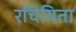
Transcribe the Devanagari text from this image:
रचियिता